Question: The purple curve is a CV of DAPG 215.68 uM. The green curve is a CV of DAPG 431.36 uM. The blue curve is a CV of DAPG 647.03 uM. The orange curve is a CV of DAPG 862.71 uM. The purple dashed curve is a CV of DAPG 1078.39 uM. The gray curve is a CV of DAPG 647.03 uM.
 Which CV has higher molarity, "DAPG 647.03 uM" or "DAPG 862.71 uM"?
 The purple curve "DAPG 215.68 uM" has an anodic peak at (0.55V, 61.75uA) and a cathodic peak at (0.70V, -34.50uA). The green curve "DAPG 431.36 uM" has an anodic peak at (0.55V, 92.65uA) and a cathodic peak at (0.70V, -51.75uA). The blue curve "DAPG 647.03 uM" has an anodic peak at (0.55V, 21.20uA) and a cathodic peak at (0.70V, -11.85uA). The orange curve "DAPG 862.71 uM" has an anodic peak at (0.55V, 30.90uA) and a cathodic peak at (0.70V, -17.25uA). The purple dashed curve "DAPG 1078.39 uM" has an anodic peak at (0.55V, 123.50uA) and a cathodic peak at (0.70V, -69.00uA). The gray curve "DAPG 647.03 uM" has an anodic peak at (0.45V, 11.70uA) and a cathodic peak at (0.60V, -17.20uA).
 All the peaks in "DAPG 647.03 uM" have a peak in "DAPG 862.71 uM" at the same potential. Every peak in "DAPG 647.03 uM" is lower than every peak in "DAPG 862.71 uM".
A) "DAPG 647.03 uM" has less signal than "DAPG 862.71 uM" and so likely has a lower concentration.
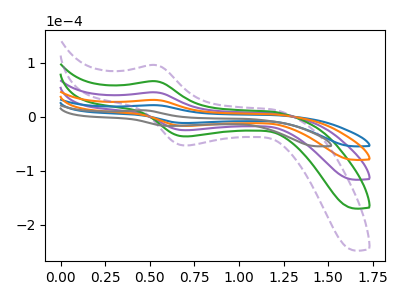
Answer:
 <answer>A) "DAPG 647.03 uM" has less signal than "DAPG 862.71 uM" and so likely has a lower concentration.</answer>
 <eval>A</eval>